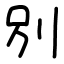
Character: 別